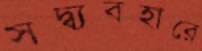
সদ্ব্যবহারে